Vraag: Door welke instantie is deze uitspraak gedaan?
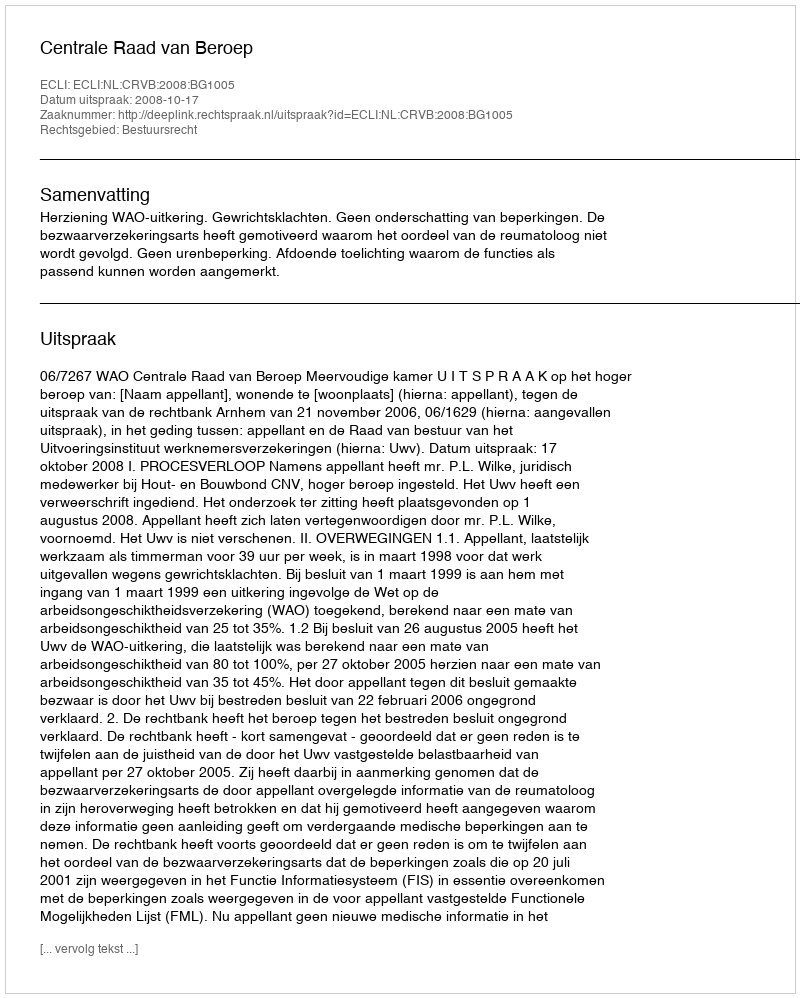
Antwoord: Centrale Raad van Beroep